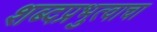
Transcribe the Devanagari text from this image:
शब्दप्रभुत्वाचा